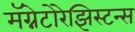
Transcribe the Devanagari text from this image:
मॅग्नेटोरेझिस्टन्स